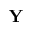
\mathbf { Y }